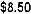
$8.50